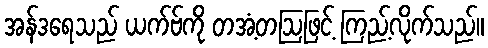
အန်ဒရေသည် ယက်ဗ်ကို တအံ့တဩဖြင့် ကြည့်လိုက်သည်။